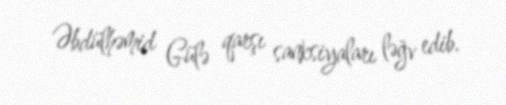
Əbdülhəmid Gülə qarşı sanksiyaları ləğv edib.